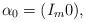
LaTeX: \begin{align*}\alpha_0=(I_m 0), \end{align*}